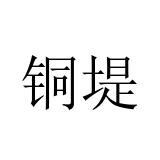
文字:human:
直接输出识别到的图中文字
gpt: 铜堤